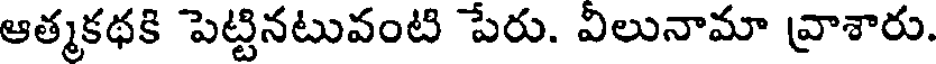
ఆత్మకథకి పెట్టినటువంటి పేరు. విలునామా వ్రాశారు.